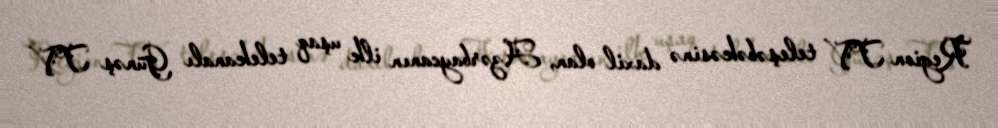
Region TV teleşəbəkəsinə daxil olan, Azərbaycanın ilk uşaq telekanalı Günəş TV